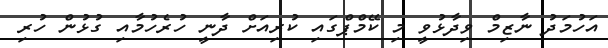
އަހުމަދު ނާޒިމް ވިދާޅުވީ މި ކޭމްޕްގައި ކުރިއަށް ދާނީ ހުރެހުމާއި ގުޅުން ހުރި